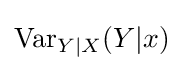
\operatorname {Var} _{Y\mid X}(Y|x)